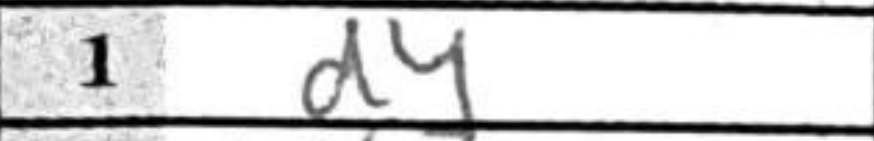
Transcription: d4